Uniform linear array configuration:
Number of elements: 8
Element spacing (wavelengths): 0.75
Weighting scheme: hamming
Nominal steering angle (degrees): -15
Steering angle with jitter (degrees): -13.742
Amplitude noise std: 0.05
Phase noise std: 0.05

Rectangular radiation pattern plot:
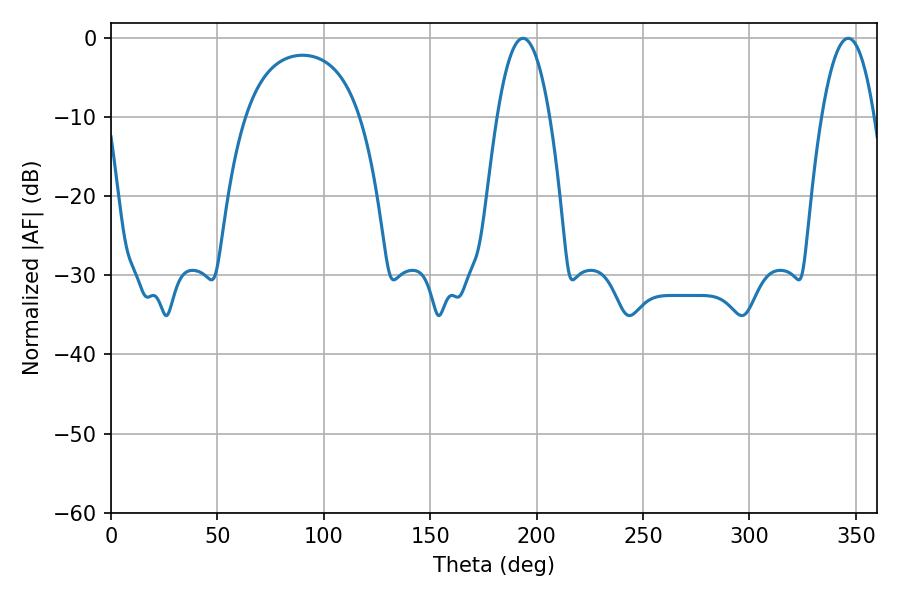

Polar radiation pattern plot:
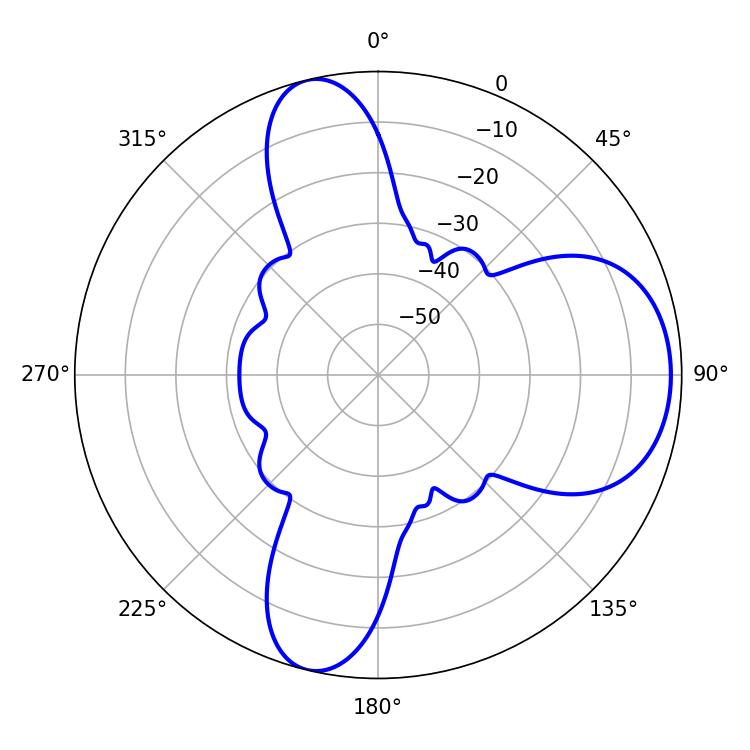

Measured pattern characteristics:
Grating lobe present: TRUE
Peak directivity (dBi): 8.76
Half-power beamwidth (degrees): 13.68
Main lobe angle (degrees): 193.5